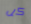
كل